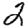
Digit: 2